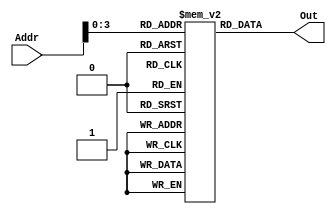
`timescale 1ns / 1ps
//////////////////////////////////////////////////////////////////////////////////
// Company: 
// Engineer: 
// 
// Design Name: 
// Module Name: Instruction
// Project Name:
// Target Devices: 
// Tool Versions: 
// Description: 
// 
// Dependencies: 
// 
// Revision:
// Revision 0.01 - File Created
// Additional Comments:
// 
//////////////////////////////////////////////////////////////////////////////////


module Instruction_Mem(Addr,Out);
//inputs
input [5:0]Addr;
//outputs
output reg [15:0]Out;

//registers holding instructions
reg [15:0] Memory [15:0];

//Initializing
initial begin
Memory[0] = 16'b0110_0001_0001_0000; //LW $t1,0($R1)         [Memory 0]
Memory[1] = 16'b0110_0010_0010_0000; //LW $t2,0($R2)         [Memory 1]
Memory[2] = 16'b0110_0111_0010_0000; //LW $t7,0($R2)         [Memory 2]
Memory[3] = 16'b0000_0000_0000_0011; //ADD $t3,$t0,$t0       [Memory 3]  i = 0
Memory[4] = 16'b0000_0010_0011_0100; //ADD $t4,$t3,t2        [Memory 4]  i = n
//Loop              
Memory[5] = 16'b0000_0001_0001_0101; //ADD $t5,$t1,$t1       [Memory 5]
Memory[6] = 16'b0000_0010_0110_0111; //ADD $t2,$t2,$t7       [Memory 6]  i++ => $t2 = $t2 + 1
Memory[7] = 16'b0111_0101_0011_0000; //SW  $t5, 0($R3)       [Memory 7]
Memory[8] = 16'b0101_0010_0011_0101; //BNE $t2,$t3,Memory[5] [Memory 8] i<n

end

initial begin
Out = Memory[Addr];
end

endmodule